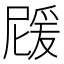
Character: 𭶵